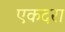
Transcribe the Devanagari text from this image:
एकदरा